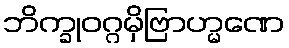
ဘိက္ခုဝဂ္ဂမှိဗြာဟ္မဏေ